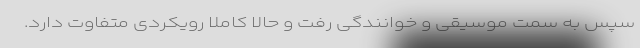
سپس به سمت موسیقی و خوانندگی رفت و حالا کاملا رویکردی متفاوت دارد.